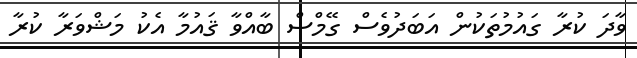
ވާދަ ކުރާ ގައުމުތަކުން އަބަދުވެސް ގޭމްސް ބާއްވާ ޤައުމާ އެކު މަޝްވަރާ ކުރާ